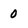
Character: 0